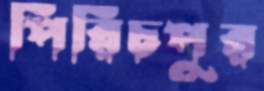
পিরিচপুর